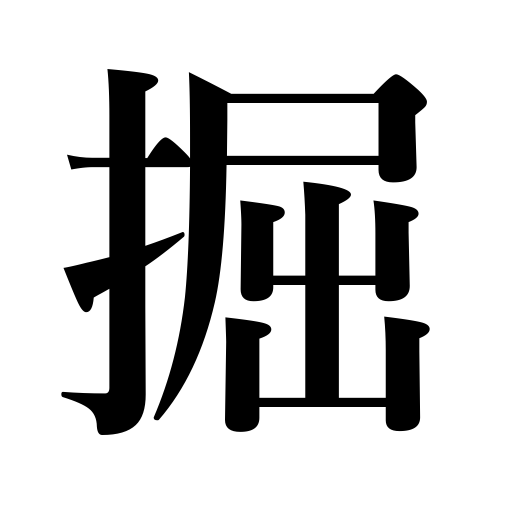
Meanings: sink wells,delve,excavate,dig up,probe,pick the ear,scoop out,core,dig